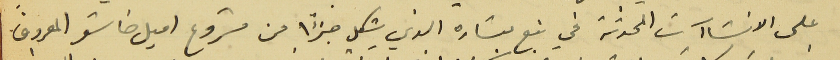
على الانشاآت المحدثة في نبع بشاره الذي شكل جزًا من مشروع اميل خاشو المعروف